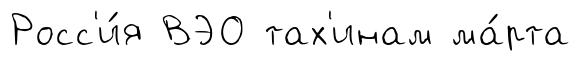
Росс'и́я ВЭО тах'инам ма́рта